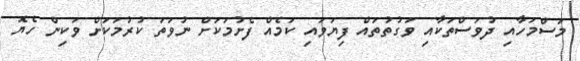
މަސްމަހާއި ދުވަސްތަކާއި ވަގުތުތައް ފިޔަވައި ކަމެއް ފެށުމަކަށް ނުވަތަ ކުރުމަކަށް ވަކިން ހެޔޮ